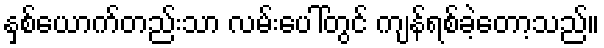
နှစ်ယောက်တည်းသာ လမ်းပေါ်တွင် ကျန်ရစ်ခဲ့တော့သည်။